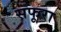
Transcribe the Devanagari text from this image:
सफूरा